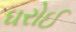
ધરોઈ